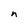
Character: n